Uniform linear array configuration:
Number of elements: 12
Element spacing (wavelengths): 0.75
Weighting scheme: uniform
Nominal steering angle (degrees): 30
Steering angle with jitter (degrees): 28.024
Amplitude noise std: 0.05
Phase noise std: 0.05

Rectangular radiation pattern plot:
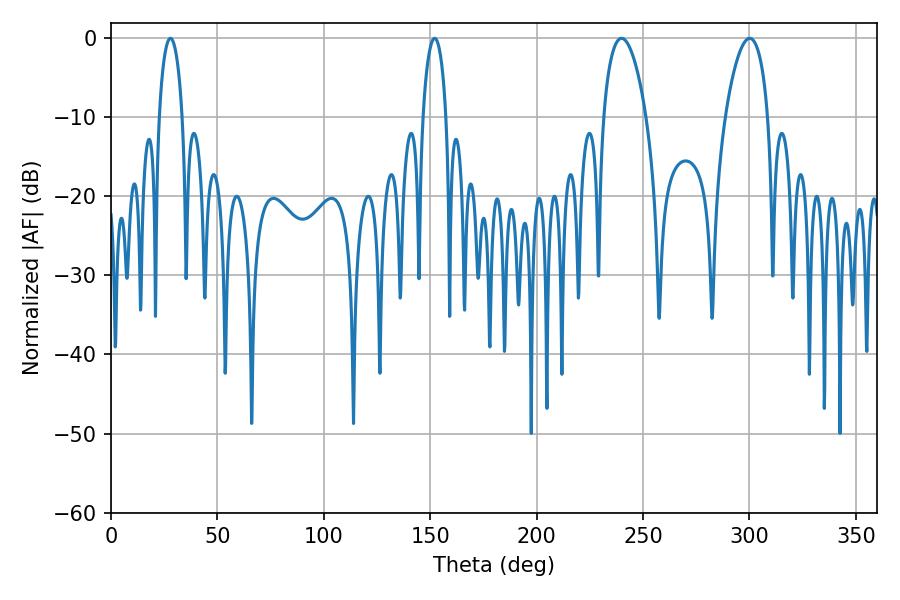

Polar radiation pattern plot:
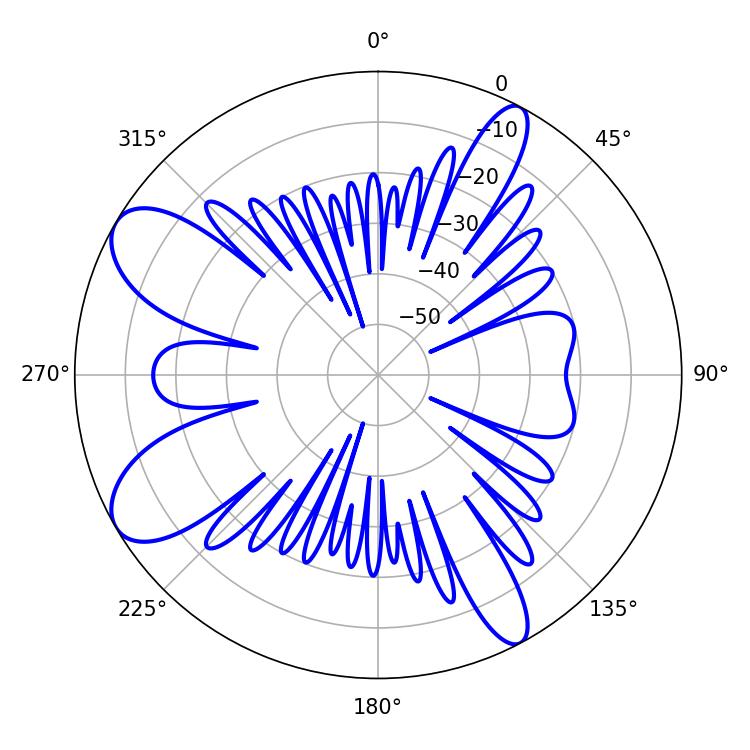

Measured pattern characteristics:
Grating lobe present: TRUE
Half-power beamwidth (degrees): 6.3
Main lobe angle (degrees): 27.9